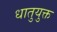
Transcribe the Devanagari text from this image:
धातुयुक्त